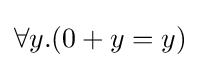
\forall y.(0+y=y)